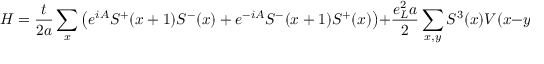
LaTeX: H = \frac { t } { 2 a } \sum _ { x } \left( e ^ { i A } S ^ { + } ( x + 1 ) S ^ { - } ( x ) + e ^ { - i A } S ^ { - } ( x + 1 ) S ^ { + } ( x ) \right) + \frac { e _ { L } ^ { 2 } a } { 2 } \sum _ { x , y } S ^ { 3 } ( x ) V ( x - y ) S ^ { 3 } ( y ) + e _ { L } ^ { 2 } E ^ { 2 } / 2 N